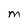
Character: M